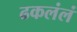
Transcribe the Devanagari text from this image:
ढकलंलं